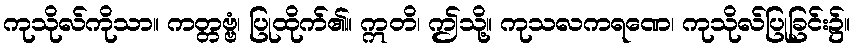
ကုသိုလ်ကိုသာ။ ကတ္တဗ္ဗံ၊ ပြုထိုက်၏။ ဣတိ၊ ဤသို့။ ကုသလကရဏေ၊ ကုသိုလ်ပြုခြင်း၌။